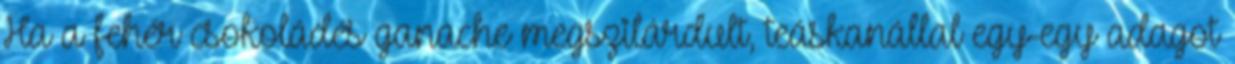
Ha a fehér csokoládés ganache megszilárdult, teáskanállal egy-egy adagot